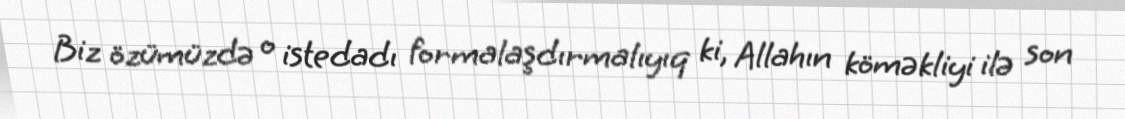
Biz özümüzdə o istedadı formalaşdırmalıyıq ki, Allahın köməkliyi ilə son